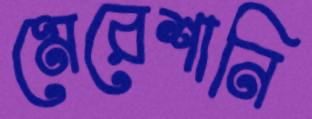
মেরেশানি